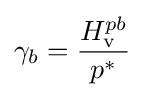
\gamma _{b}={\frac {H_{\rm {v}}^{pb}}{p^{*}}}